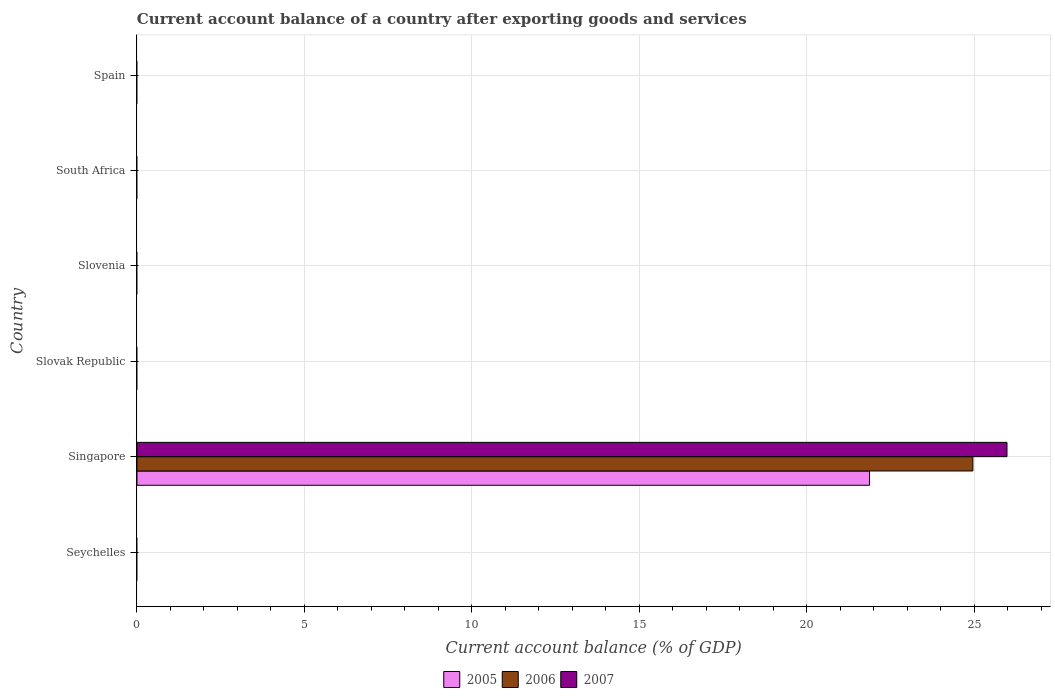
| Country | 2005 | 2006 | 2007 |
 | --- | --- | --- | --- |
 | Seychelles | -18.9 | -13.2 | -18.8 |
 | Singapore | 21.9 | 25 | 26 |
 | Slovak Republic | -6.41 | -5.59 | -4.77 |
 | Slovenia | -1.87 | -1.76 | -4.19 |
 | South Africa | -3.11 | -4.45 | -5.4 |
 | Spain | -7.21 | -8.77 | -9.77 |